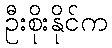
ဦးစိုးနိုင်က